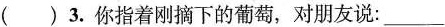
( )3.你指着刚摘下的葡萄,对朋友说: ___